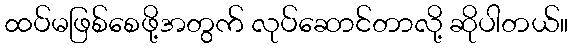
ထပ်မဖြစ်စေဖို့အတွက် လုပ်ဆောင်တာလို့ ဆိုပါတယ်။